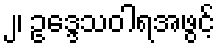
၂၊ ဥဒ္ဒေသဝါရအဖွင့်